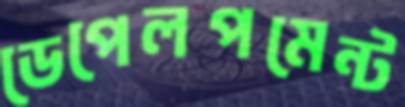
ডেপেলপমেন্ট